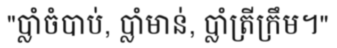
"ប្លាំចំបាប់, ប្លាំមាន់, ប្លាំត្រីក្រឹម។"